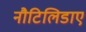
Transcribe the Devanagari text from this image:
नौटिलिडाए